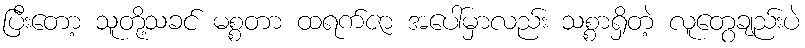
ပြီးတော့ သူတို့သခင် မစ္စတာ ထရက်ဇာ အပေါ်မှာလည်း သစ္စာရှိတဲ့ လူတွေချည်းပဲ